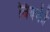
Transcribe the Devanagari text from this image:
विक्‍की